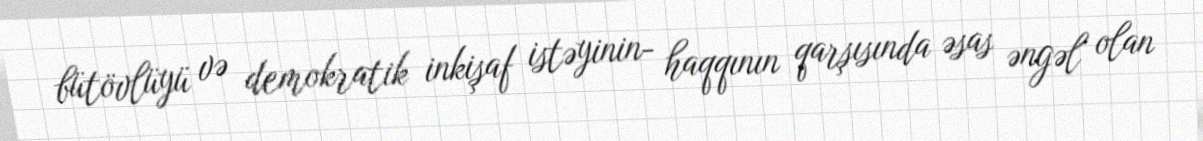
bütövlüyü və demokratik inkişaf istəyinin- haqqının qarşısında əsas əngəl olan